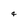
Character: 4